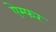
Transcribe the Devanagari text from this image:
ऐम्फर